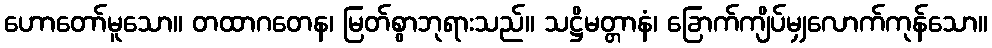
ဟောတော်မူသော။ တထာဂတေန၊ မြတ်စွာဘုရားသည်။ သဋ္ဌိမတ္တာနံ၊ ခြောက်ကျိပ်မျှလောက်ကုန်သော။